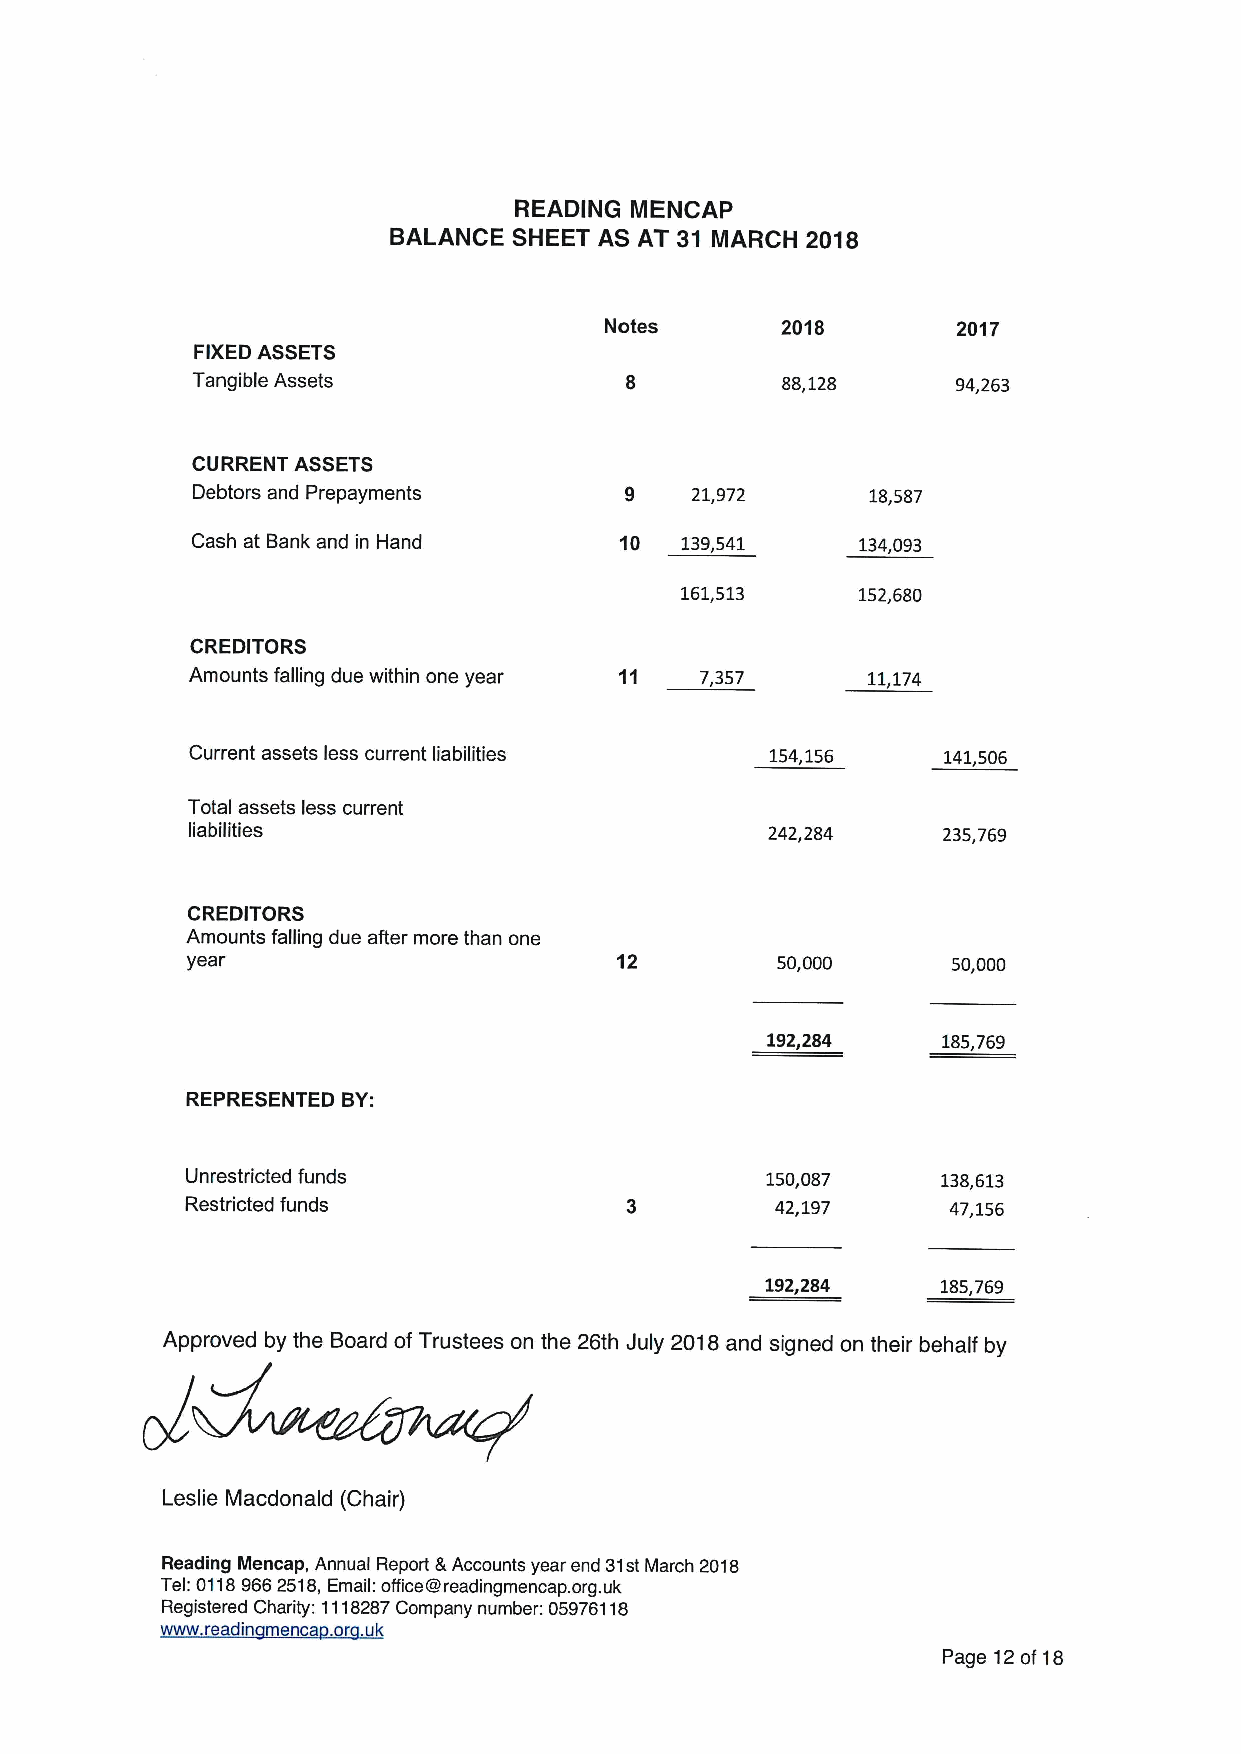
READING MENCAP
 BALANCE SHEET AS AT 31 MARCH 2018
 Notes       2018       2017
 FIXEDASSETS
 Tangible Assets                        88,128     94,263
 CURRENT ASSETS
 Debtors and Prepayments     9    21,972      18,587
 Cash at Bank and in Hand    10  139,541     134,093
 161,513     152,680
 CREDITORS
 Amounts falling due within one year 11 7,357 11,174
 Current assets less current liabilities 154,156  141,506
 Total assets less current
 liabilities                            242,284    235,769
 CREDITORS
 Amounts falling due after more than one
 year                         12        50,000      50,000
 192,284    185,769
 REPRESENTED BY:
 Unrestricted funds                     150,087    138,613
 Restricted funds                       42,197      47,156
 192,284    185,769
 Approved by the Board of Trustees on the 26th July 2018and signed on their behalf by
 Leslie Macdonald (Chair)
 Reading Mencap, Annual Report &Accounts year end 31stMarch 2018
 Tel:01189662518,Email: office@readingmencap. org.uk
 Registered Charity: 1118287Company number: 05976118
 www readin menca or uk
 Page 12of 18